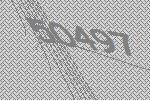
50497